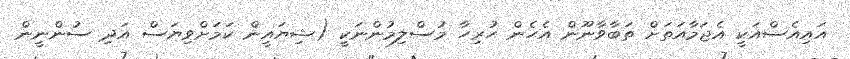
އައިއެސްއަކީ އެޖަމާއަތަށް ތަބާވާނޫން އެހެން ހުރިހާ މުސްލިމުންނަކީ (ޝިޔައީން ކަމަށްވިޔަސް އަދި ސުންނީން